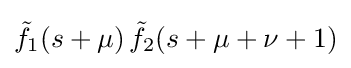
{\tilde {f}}_{1}(s+\mu )\,{\tilde {f}}_{2}(s+\mu +\nu +1)